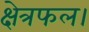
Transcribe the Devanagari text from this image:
क्षेत्रफल।